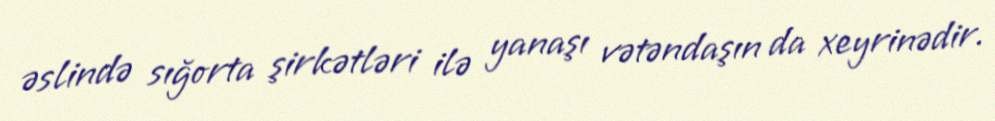
əslində sığorta şirkətləri ilə yanaşı vətəndaşın da xeyrinədir.